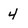
Character: 4